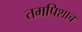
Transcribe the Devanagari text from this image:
तमपिशाच